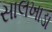
સાલખાડા